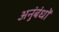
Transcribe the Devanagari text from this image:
अनुंबंधों